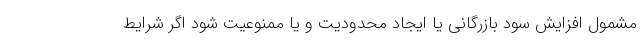
مشمول افزایش سود بازرگانی یا ایجاد محدودیت و یا ممنوعیت شود اگر شرایط